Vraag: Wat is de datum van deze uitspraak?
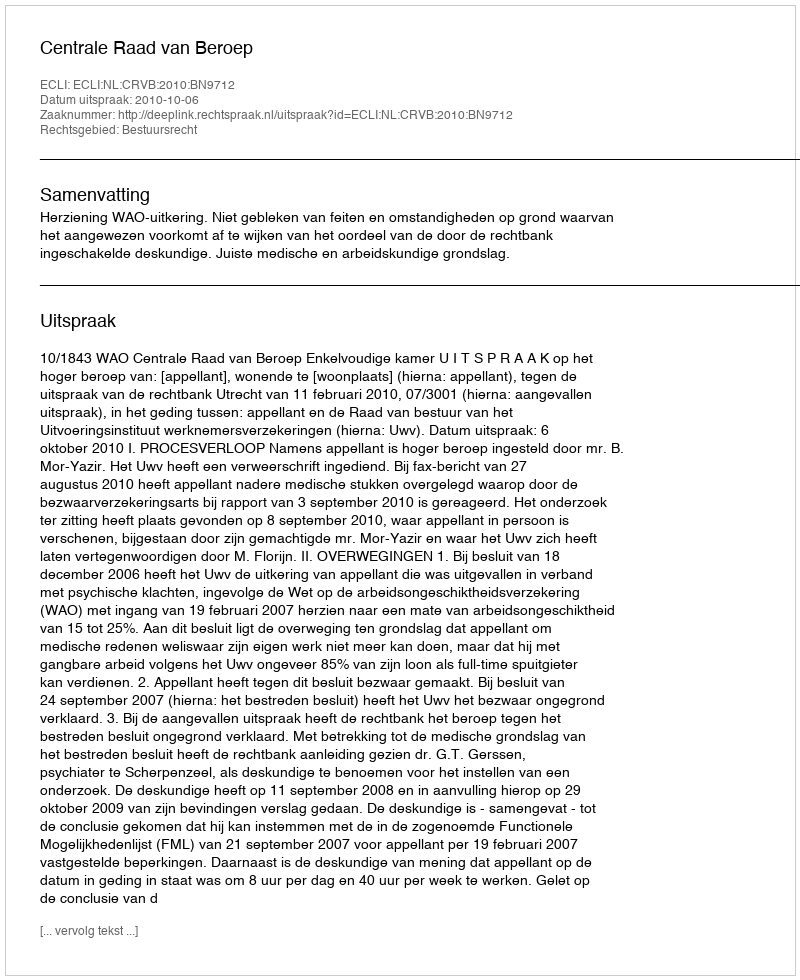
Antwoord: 2010-10-06